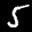
Label: 5